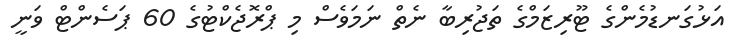
އަޅުގަނޑުމެންގެ ޓޫރިޒަމްގެ ތަޖުރިބާ ނެތް ނަމަވެސް މި ޕްރޮޖެކްޓުގެ 60 ޕަސެންޓް ވަނީ